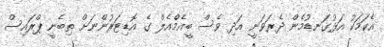
އެކަމަކު އަޅުގަނޑުމެން ދެރަވަނީ އަދި ވެސް ބީއެމްެއެލް ގެ އޮޑިޓަރުންނަށް ތިބެނީ ޕްރައިސް